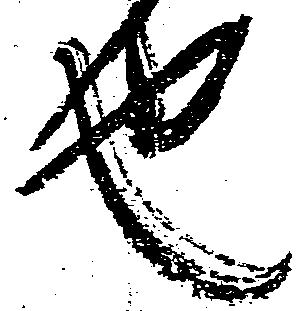
也